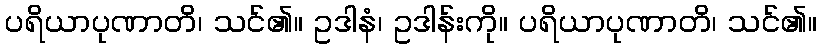
ပရိယာပုဏာတိ၊ သင်၏။ ဥဒါနံ၊ ဥဒါန်းကို။ ပရိယာပုဏာတိ၊ သင်၏။